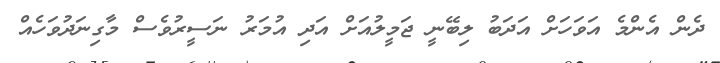
ދެން އެންމެ އަވަހަށް އަދަބު ލިބޭނީ ޖަމީލުއަށް އަދި އުމަރު ނަސީރުވެސް މާގިނަދުވަހެއް